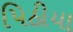
પિઠીયા